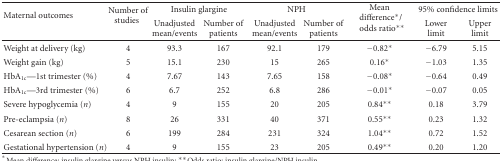
<table><thead><tr><td rowspan="2"><b>Maternal outcomes</b></td><td rowspan="2"><b>Number of studies</b></td><td colspan="2"><b>Insulin glargine</b></td><td colspan="2"><b>NPH</b></td><td rowspan="2"><b>Mean difference*/odds ratio**</b></td><td colspan="2"><b>95% confidence limits</b></td></tr><tr><td><b>Unadjusted mean/events</b></td><td><b>Number of patients</b></td><td><b>Unadjusted mean/events</b></td><td><b>Number of patients</b></td><td><b>Lower limit</b></td><td><b>Upper limit </b></td></tr></thead><tbody><tr><td>Weight at delivery (kg)</td><td>4</td><td>93.3</td><td>167</td><td>92.1</td><td>179</td><td>−0.82*</td><td>−6.79</td><td>5.15</td></tr><tr><td>Weight gain (kg)</td><td>5</td><td>15.1</td><td>230</td><td>15</td><td>265</td><td>0.16*</td><td>−1.03</td><td>1.35</td></tr><tr><td>HbA<sub>1c</sub>—1st trimester (%)</td><td>4</td><td>7.67</td><td>143</td><td>7.65</td><td>158</td><td>−0.08*</td><td>−0.64</td><td>0.49</td></tr><tr><td>HbA<sub>1c</sub>—3rd trimester (%)</td><td>6</td><td>6.7</td><td>252</td><td>6.8</td><td>286</td><td>−0.01*</td><td>−0.07</td><td>0.05</td></tr><tr><td>Severe hypoglycemia (<i>n</i>)</td><td>4</td><td>9</td><td>155</td><td>20</td><td>205</td><td>0.84**</td><td>0.18</td><td>3.79</td></tr><tr><td>Pre-eclampsia (<i>n</i>)</td><td>8</td><td>26</td><td>331</td><td>40</td><td>371</td><td>0.55**</td><td>0.23</td><td>1.32</td></tr><tr><td>Cesarean section (<i>n</i>)</td><td>6</td><td>199</td><td>284</td><td>231</td><td>324</td><td>1.04**</td><td>0.72</td><td>1.52</td></tr><tr><td>Gestational hypertension (<i>n</i>)</td><td>4</td><td>9</td><td>155</td><td>23</td><td>205</td><td>0.49**</td><td>0.20</td><td>1.20</td></tr></tbody></table>